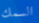
السمك